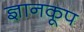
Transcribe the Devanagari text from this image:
ज्ञानकूप